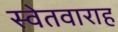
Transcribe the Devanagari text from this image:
स्वेतवाराह